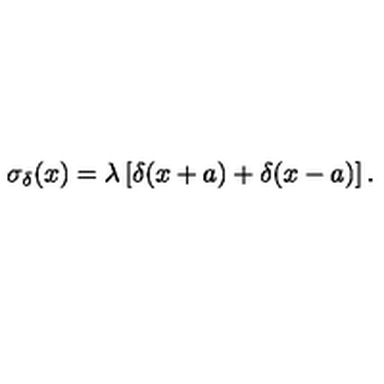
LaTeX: \sigma _ { \delta } ( x ) = \lambda \left[ \delta ( x + a ) + \delta ( x - a ) \right] .